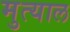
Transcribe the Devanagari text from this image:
मुत्याल